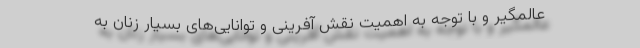
عالمگیر و با توجه به اهمیت نقش آفرینی و توانایی‌های بسیار زنان به